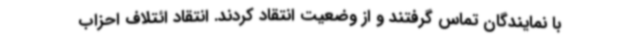
با نمایندگان تماس گرفتند و از وضعیت انتقاد کردند. انتقاد ائتلاف احزاب